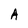
Character: A